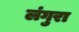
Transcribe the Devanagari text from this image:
लंगुरा